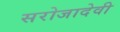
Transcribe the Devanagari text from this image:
सरोजादेवी